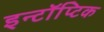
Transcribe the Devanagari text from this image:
इन्टॉप्टिक